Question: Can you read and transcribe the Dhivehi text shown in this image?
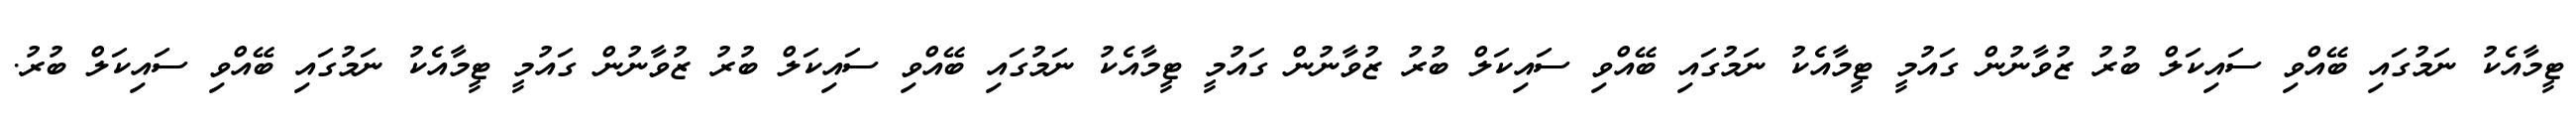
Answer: ޓީމާއެކު ނަމުގައި ބޭއްވި ސައިކަލް ބުރު ޒުވާނުން ގައުމީ ޓީމާއެކު ނަމުގައި ބޭއްވި ސައިކަލް ބުރު ޒުވާނުން ގައުމީ ޓީމާއެކު ނަމުގައި ބޭއްވި ސައިކަލް ބުރު ޒުވާނުން ގައުމީ ޓީމާއެކު ނަމުގައި ބޭއްވި ސައިކަލް ބުރު.